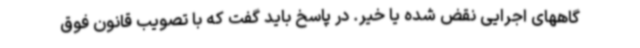
گاههای اجرایی نقض شده یا خیر. در پاسخ باید گفت که با تصویب قانون فوق